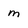
Character: m